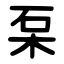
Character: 䂞